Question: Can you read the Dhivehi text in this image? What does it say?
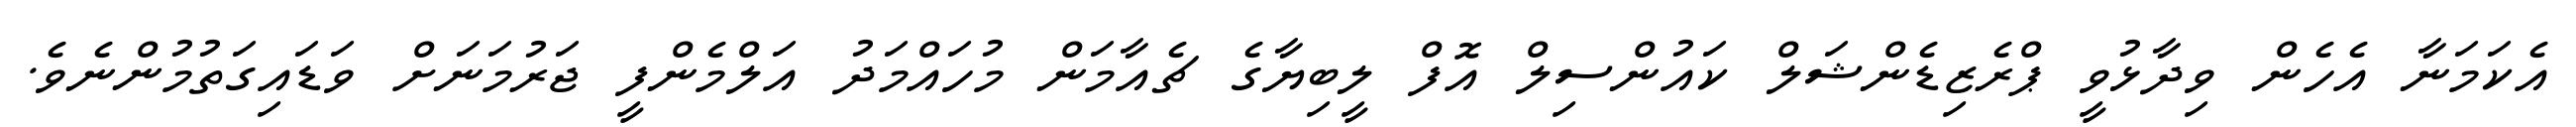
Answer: އެކަމަނާ އެހެން ވިދާޅުވީ ޕްރެޒިޑެންޝަލް ކައުންސިލް އޮފް ލީބިޔާގެ ޗެއާމަން މުހައްމަދު އަލްމެންފީ ޖަރުމަނަށް ވަޑައިގަތުމުންނެވެ.